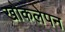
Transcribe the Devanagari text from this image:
खोकलेपन